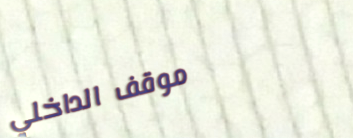
موقف الداخلي